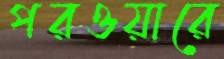
পরওয়ারে